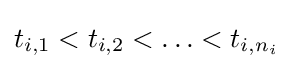
t_{i,1}<t_{i,2}<\ldots <t_{i,n_{i}}